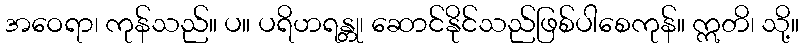
အဝေရာ၊ ကုန်သည်။ ပ။ ပရိဟရန္တု၊ ဆောင်နိုင်သည်ဖြစ်ပါစေကုန်။ ဣတိ၊ သို့။